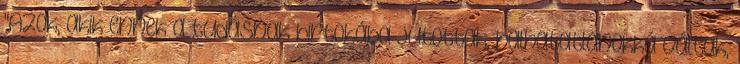
"Azok, akik ennek a tudásnak birtokába jutottak, halhatatlanokká váltak,